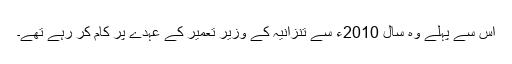
اس سے پہلے وہ سال 2010ء سے تنزانیہ کے وزیر تعمیر کے عہدے پر کام کر رہے تھے۔